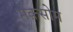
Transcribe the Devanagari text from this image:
मक़सोम